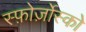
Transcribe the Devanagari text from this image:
स्फ़ोर्ज़ोस्को